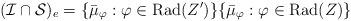
LaTeX: \begin{align*}(\mathcal{I}\cap\mathcal{S})_{e} = \{\bar{\mu}_{\varphi}: \varphi\in {\rm Rad}(Z') \} \{\bar{\mu}_{\varphi}: \varphi\in {\rm Rad}(Z) \} \end{align*}